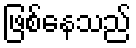
ဖြစ်နေသည်